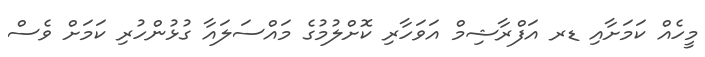
މީހެއް ކަމަށާއި ޑރ އަފްރާޝިމް އަވަހާރި ކޮށްލުމުގެ މައްސަލައާ ގުޅުންހުރި ކަމަށް ވެސް